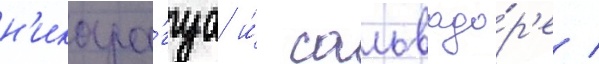
н'икара́гуа и́ сальвадо́р'е /